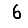
Digit: 6